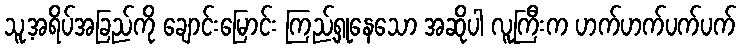
သူ့အရိပ်အခြည်ကို ချောင်းမြောင်း ကြည့်ရှုနေသော အဆိုပါ လူကြီးက ဟက်ဟက်ပက်ပက်